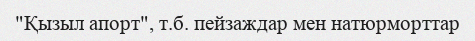
"Қызыл апорт", т.б. пейзаждар мен натюрморттар